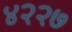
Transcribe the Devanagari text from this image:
४२२७